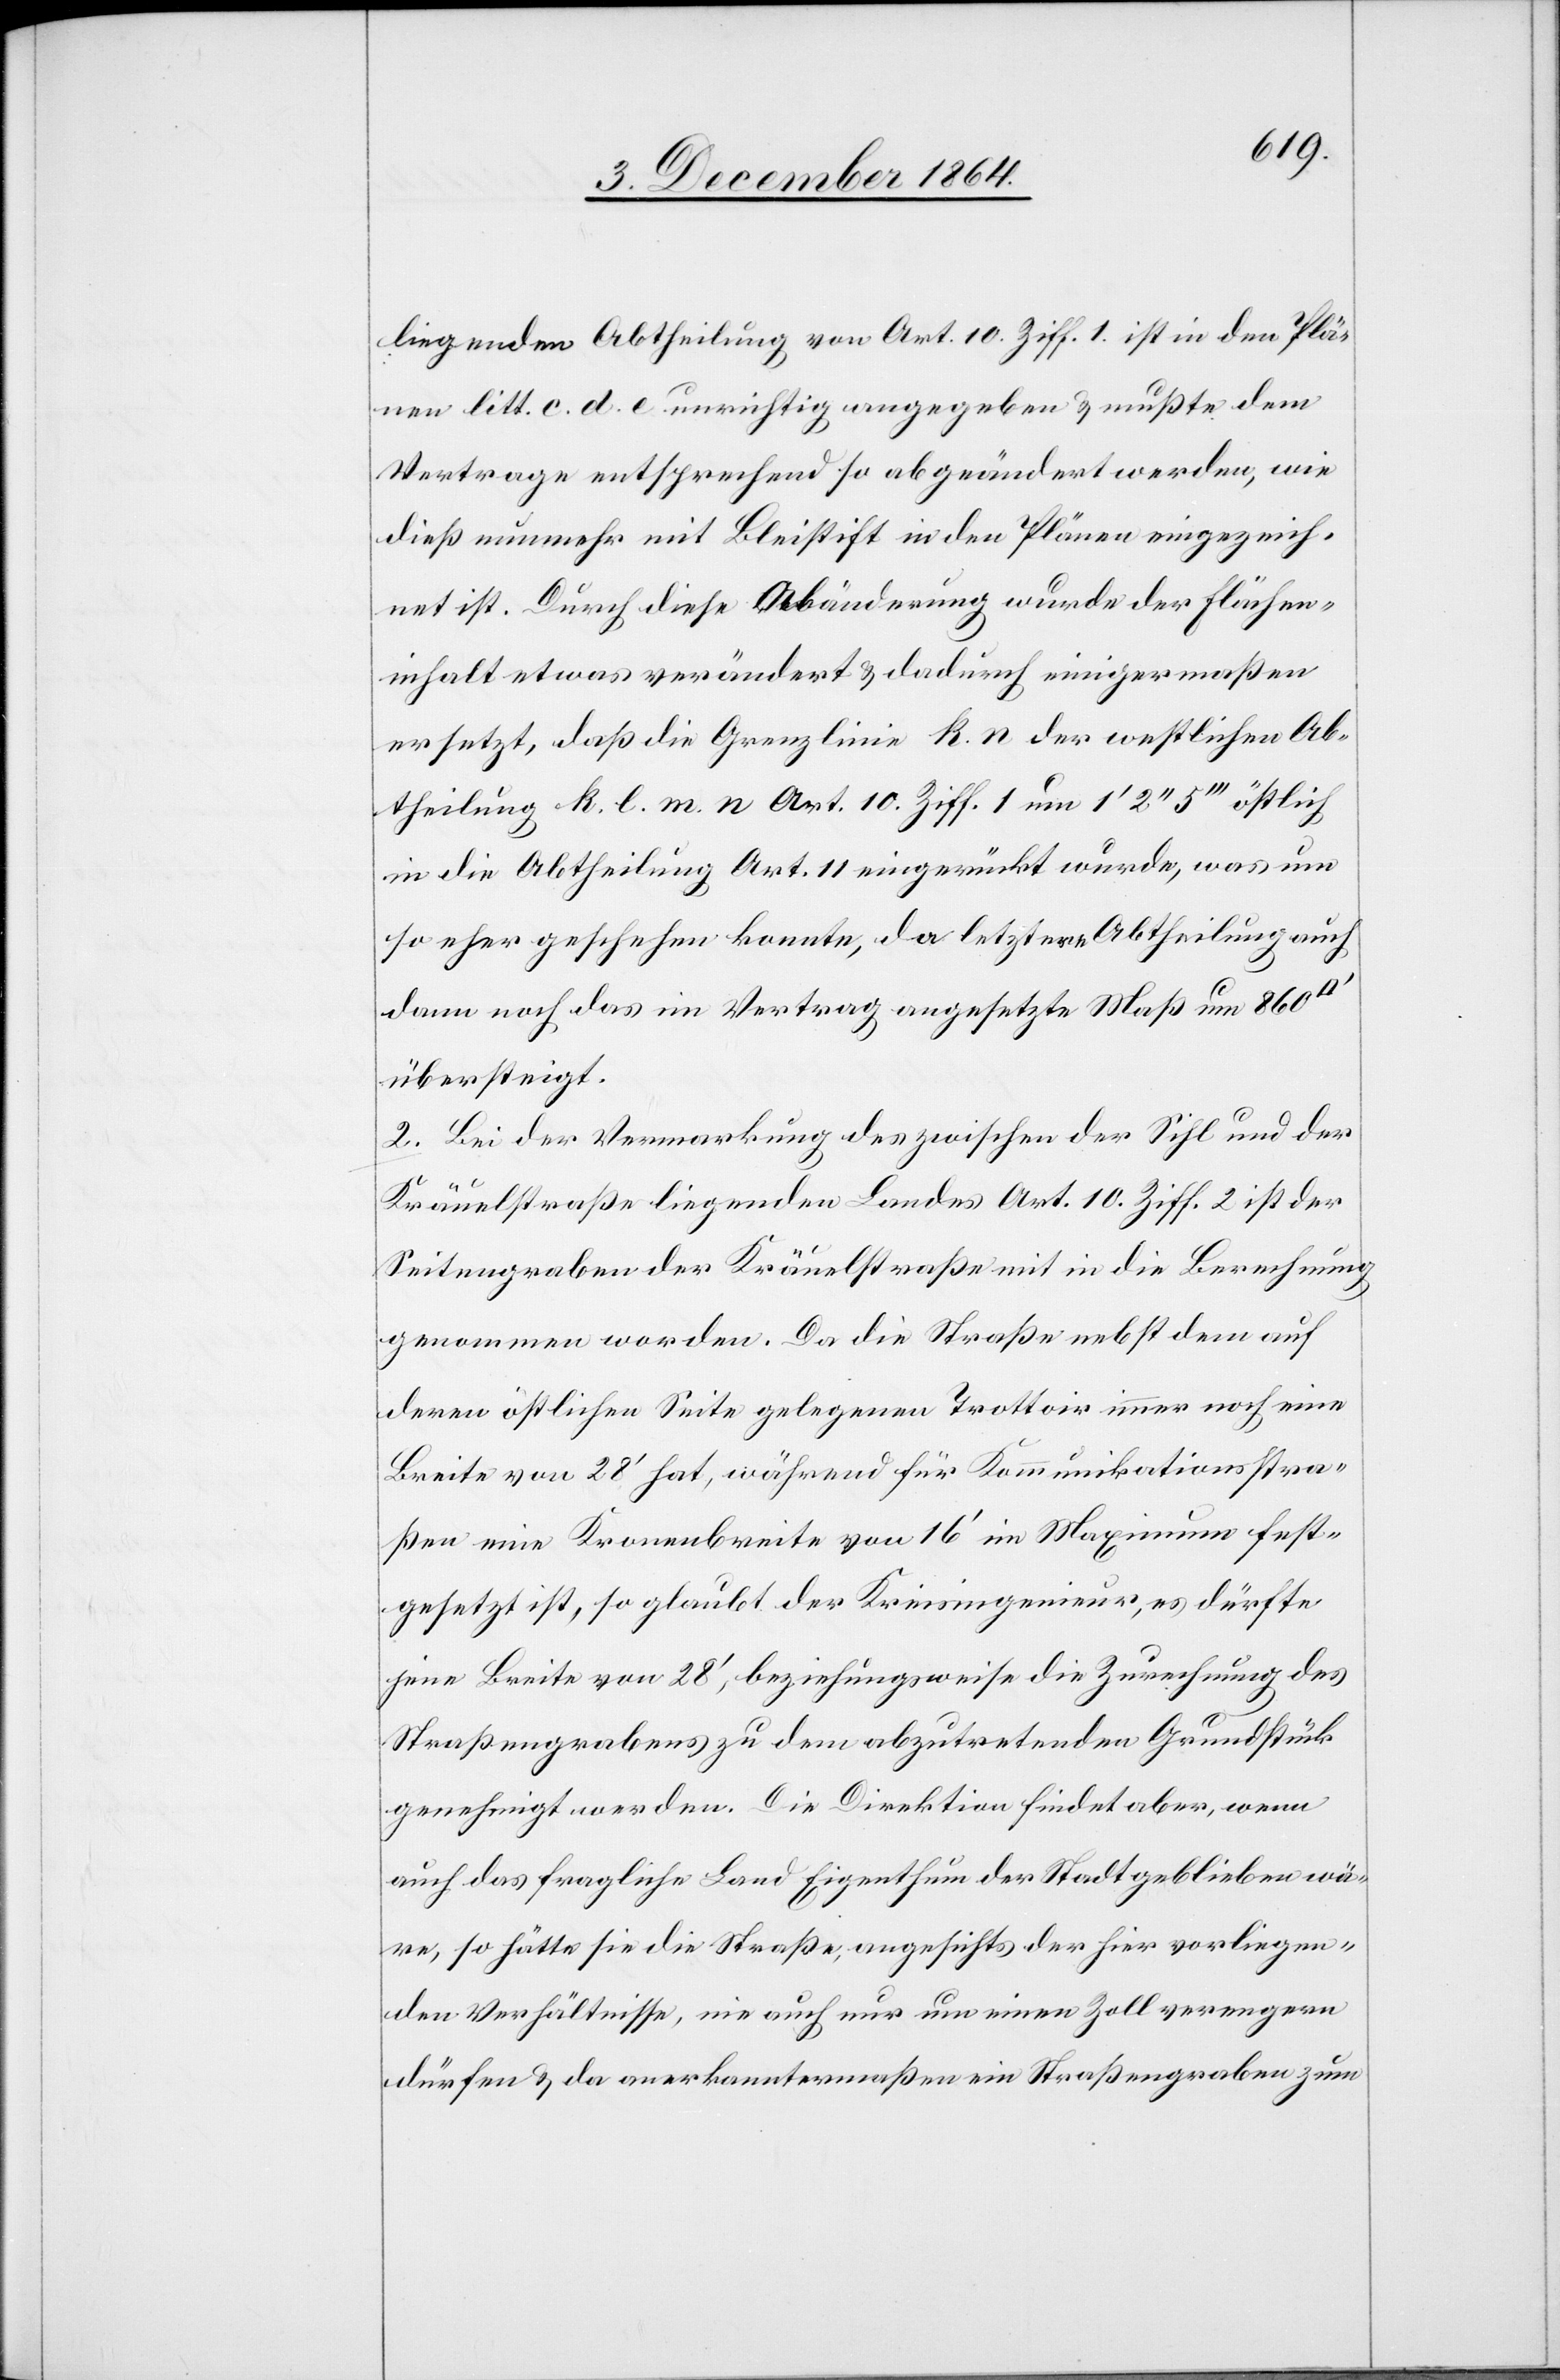
liegenden Abtheilung von Art. 10. Ziff. 1. ist in den Plä¬
nen litt. c. d. e unrichtig angegeben & mußte dem
Vertrage entsprechend so abgeändert werden, wie
dieß nunmehr mit Bleistift in den Plänen eingezeich¬
net ist. Durch diese Abänderung wurde der Flächen¬
inhalt etwas verändert & dadurch einigermaßen
ersetzt, daß die Grenzlinie k. n der westlichen Ab¬
theilung k. l. m. n Art. 10 Ziff. 1 um 1’ 2’’ 5’’’ östlich
in die Abtheilung Art. 11 eingerückt wurde, was um
so eher geschehen konnte, da letztere Abtheilung auch
dann noch das im Vertrag angesetzte Maß um 860
übersteigt.
2. Bei der Vermarkung des zwischen der Sihl und der
Kräuelstraße liegenden Landes Art. 10 Ziff. 2 ist der
Seitengraben der Kräuelstraße mit in die Berechnung
genommen worden. Da die Straße nebst dem auf
deren östlichen Seite gelegenen Trottoir immer noch eine
Breite von 28’ hat, während für Kommunikationsstra¬
ßen eine Kronenbreite von 16’ im Maximum fest¬
gesetzt ist, so glaubt der Kreisingenieur, es dürfte
jene Breite von 28’, beziehungsweise die Zurechnung des
Straßengrabens zu dem abzutretenden Grundstück
genehmigt werden. Die Direktion findet aber, wenn
auch das fragliche Land Eigenthum der Stadt geblieben wä¬
re, so hätte sie die Straße, angesichts der hier vorliegen¬
den Verhältnisse, nie auch nur um einen Zoll verengen
dürfen & da anerkanntermaßen ein Straßengraben zum